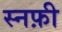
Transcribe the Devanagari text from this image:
स्नफ़ी